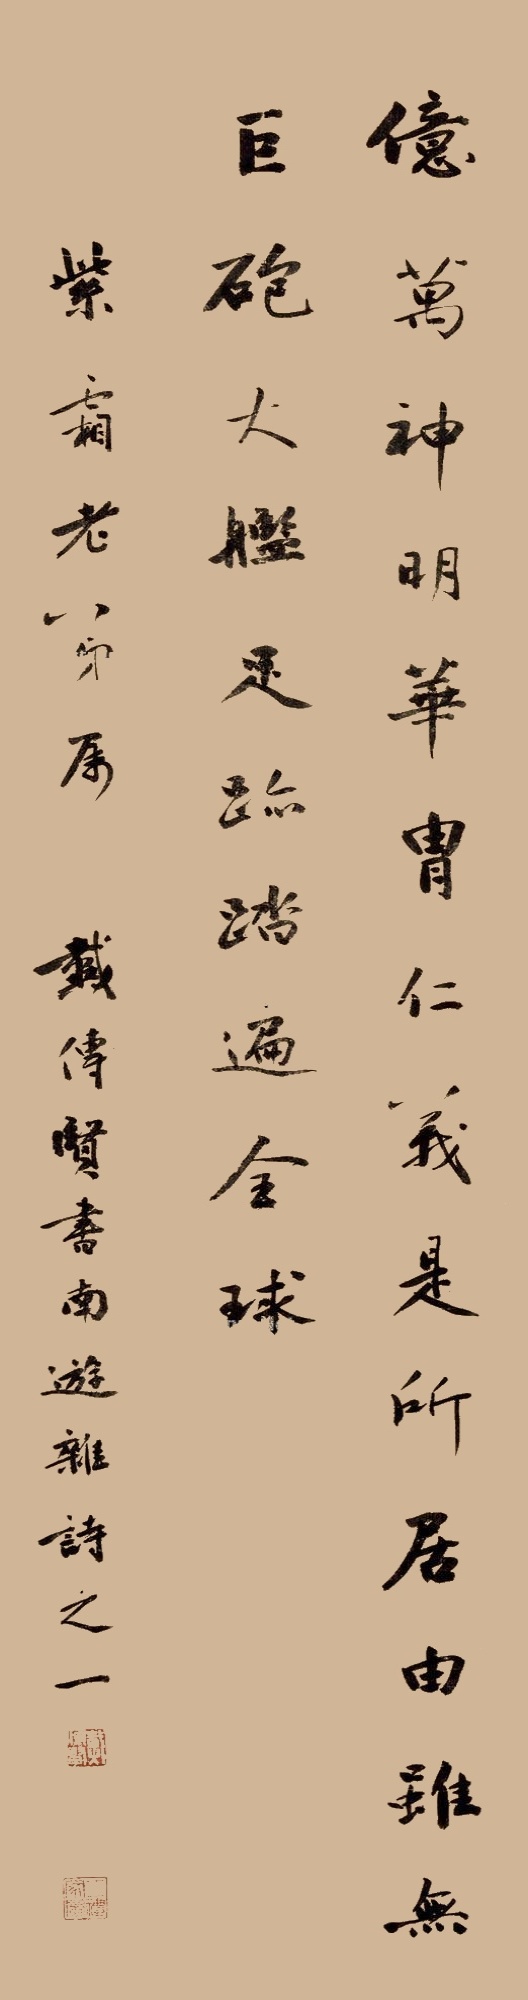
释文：亿万神明华胄，仁义是所居由。虽无巨炮大舰，足迹踏遍全球。紫霜老弟属，戴传贤书南游杂诗之一。